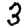
Digit: 3